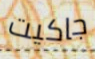
جاكيت